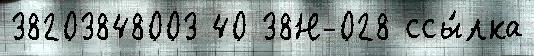
38203848003 40 38Н-028 ссы́лка